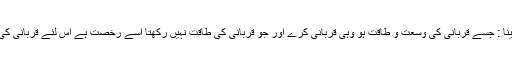
قرض لیکریا جو مقروض ہواس کا قربانی دینا : جسے قربانی کی وسعت و طاقت ہو وہی قربانی کرے اور جو قربانی کی طاقت نہیں رکھتا اسے رخصت ہے اس لئے قربانی کی خاطر قرض لینے کی ضرورت نہیں ہے ۔